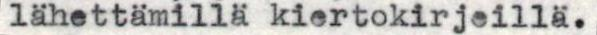
lähettämillä kiertokirjeillä.